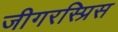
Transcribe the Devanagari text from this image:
जीगरस्प्रिस